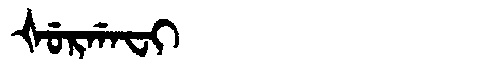
Manchu: ᡧᡠᡵᡤᠠᠸᡳ
Romanization: ŠURGAFI